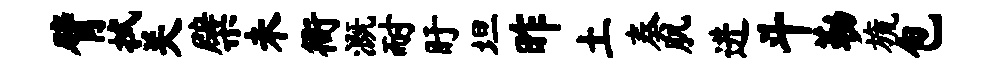
臂拭关檗未衙溉耐盱坦昨土奏肌进斗勒旒包